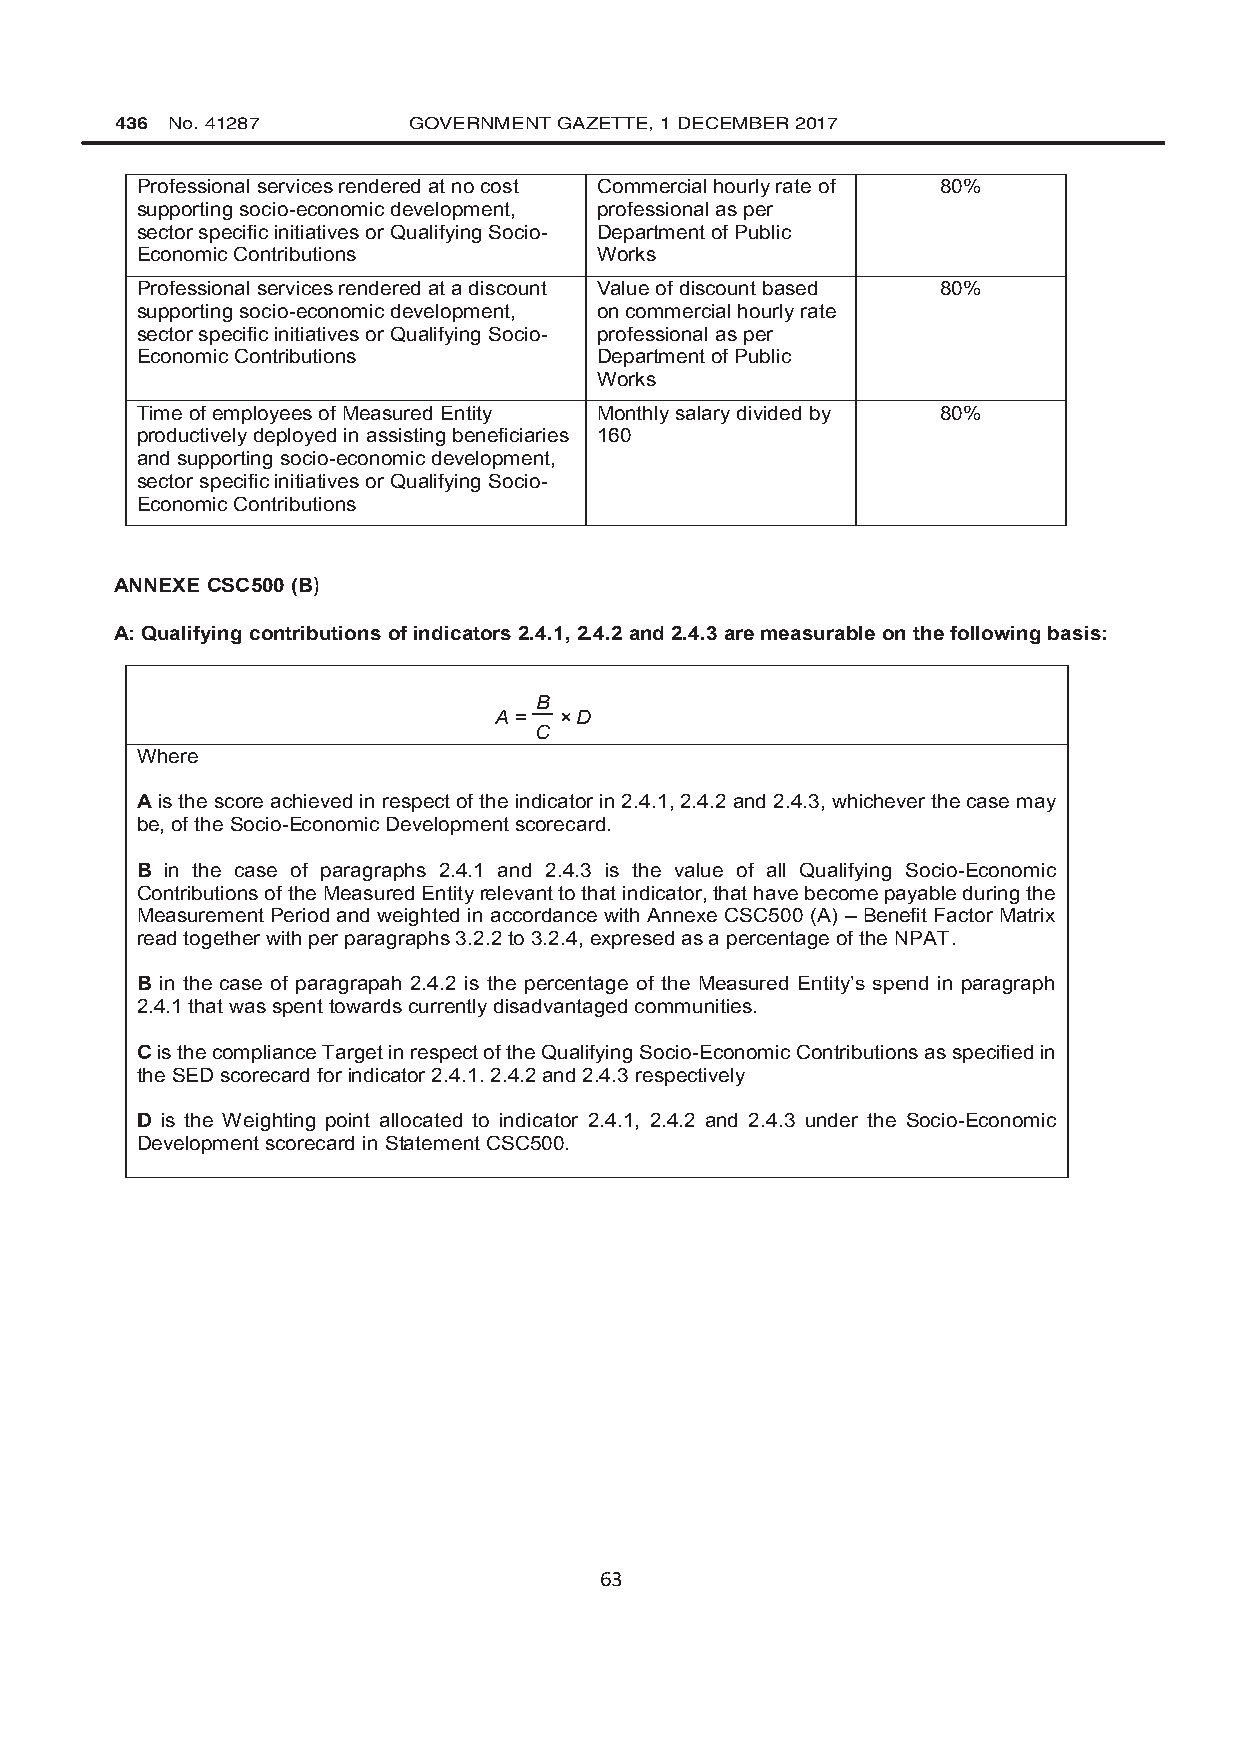
436 No. 41287      GOVERNMENT GAZETTE, 1 DECEMBER 2017
 Professional services rendered at no cost Commercial hourly rate of 80%
 supporting socio-economic development, professional as per
 sector specific initiatives or Qualifying Socio- Department of Public
 Economic Contributions         Works
 Professional services rendered at a discount Value of discount based 80%
 supporting socio-economic development, on commercial hourly rate
 sector specific initiatives or Qualifying Socio- professional as per
 Economic Contributions         Department of Public
 Works
 Time of employees of Measured Entity Monthly salary divided by 80%
 productively deployed in assisting beneficiaries 160
 and supporting socio-economic development,
 sector specific initiatives or Qualifying Socio-
 Economic Contributions
 ANNEXE CSC500 (B)
 A: Qualifying contributions of indicators 2.4.1, 2.4.2 and 2.4.3 are measurable on the following basis:
 B
 A = × D
 C
 Where
 A is the score achieved in respect of the indicator in 2.4.1, 2.4.2 and 2.4.3, whichever the case may
 be, of the Socio-Economic Development scorecard.
 B in the case of paragraphs 2.4.1 and 2.4.3 is the value of all Qualifying Socio-Economic
 Contributions of the Measured Entity relevant to that indicator, that have become payable during the
 Measurement Period and weighted in accordance with Annexe CSC500 (A) – Benefit Factor Matrix
 read together with per paragraphs 3.2.2 to 3.2.4, expresed as a percentage of the NPAT.
 B in the case of paragrapah 2.4.2 is the percentage of the Measured Entity’s spend in paragraph
 2.4.1 that was spent towards currently disadvantaged communities.
 C is the compliance Target in respect of the Qualifying Socio-Economic Contributions as specified in
 the SED scorecard for indicator 2.4.1. 2.4.2 and 2.4.3 respectively
 D is the Weighting point allocated to indicator 2.4.1, 2.4.2 and 2.4.3 under the Socio-Economic
 Development scorecard in Statement CSC500.
 63